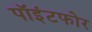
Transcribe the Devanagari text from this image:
पॉइंटफोर